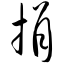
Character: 捐